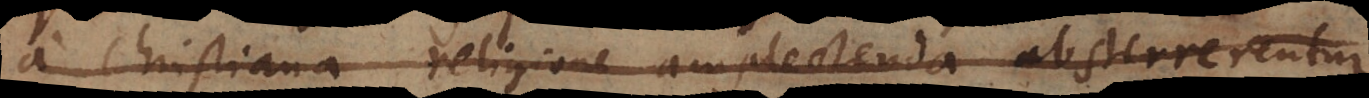
a Christiana religione amplectenda absterrerentur,